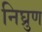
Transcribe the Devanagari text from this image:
निघ्रुण